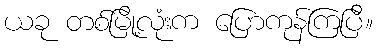
ယခု တစ်မြို့လုံးက ပြောကုန်ကြပြီ။